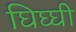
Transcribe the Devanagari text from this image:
घिघ्घी